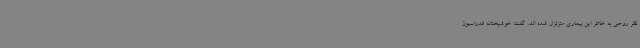
نظر روحی به خاطر این بیماری متزلزل شده اند، گفت: خوشبختانه فدراسیون